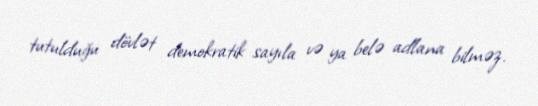
tutulduğu dövlət demokratik sayıla və ya belə adlana bilməz.